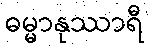
ဓမ္မာနုဿာရီ